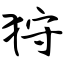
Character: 狩